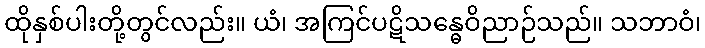
ထိုနှစ်ပါးတို့တွင်လည်း။ ယံ၊ အကြင်ပဋိသန္ဓေဝိညာဉ်သည်။ သဘာဝံ၊